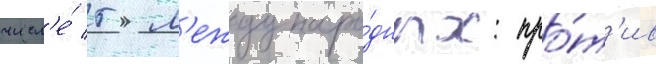
числ'е́ 5 м'еждунаро́дных: про́т'ив